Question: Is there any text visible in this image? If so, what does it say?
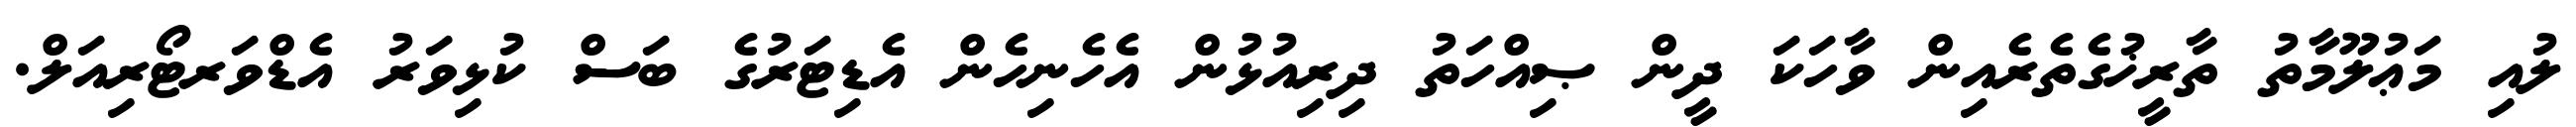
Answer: ލުއި މަޢުލޫމާތު ތާރީޚުގެތެރެއިން ވާހަކަ ދީން ޞިއްހަތު ދިރިއުޅުން އެހެނިހެން އެޑިޓަރުގެ ބަސް ކުޅިވަރު އެޑްވަރޓޯރިއަލް.